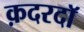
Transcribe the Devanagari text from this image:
क़दरदाॅ